system: You are a helpful assistant.
user:
Analyze the provided spectrum to determine if it is a **M-type Giant (gM)**.

A M-type Giant spectrum is defined by its **strong molecular absorption** features, particularly from **Titanium Oxide (TiO)**. You must check for one of the following mutually exclusive signatures:

- **Key Visual Indicators (Absorption-Dominated Spectrum):**

    - **(Primary):** The spectrum is dominated by strong molecular absorption from **Titanium Oxide (TiO)**. This is the **defining feature** of its M-type temperature class.
        - **(Key Bandheads):** Look for sharp, "saw-tooth" absorption valleys. The strongest are located near **~7050 Å**, **~6160 Å**, and **~5170 Å**.
        - **(Line Profile):** The "saw-tooth" morphology is critical: a **sharp, steep drop on the BLUE (short-wavelength) side** of the bandhead, followed by a gradual recovery (rising flux) towards the RED (long-wavelength) side.

    - **(Key Confirmation - Giant vs. Dwarf):** **ABSENCE** of strong **Calcium Hydride (CaH)** molecular bands. This is the primary diagnostic for *excluding* M-dwarfs.
        - **(Key Region):** The spectrum should lack the strong, broad absorption band seen in dwarfs between **~6800 Å and ~7000 Å**.

    - **(Secondary Confirmation - Giant):** A very strong and broad **Neutral Calcium (Ca I)** atomic absorption line.
        - **(Key Line):** Located at **~4226 Å**. In a giant (gM), this line is significantly deeper and broader than the same line in an M-dwarf (dM) due to low surface gravity.

    - **(Overall Spectrum):**
        - The continuum is **extremely red-sloping** (i.e., flux is very low in the blue and rises dramatically towards the red).
        - The entire spectrum appears "chopped up" by the deep TiO bands.

Think first, call **spectral_visualization_tool** if needed to examine features in detail, then provide your final answer. Your response must adhere to the following strict rules:
1.  **Overall Structure:** Your response must follow the format `<think>...</think> <tool_call>...</tool_call> (if a tool is used) <answer>...</answer>`.
2.  **Tool Usage Constraint:** You may only make **one** tool call per turn.
3.  **Final Answer Format:** In the `<answer>` tag, your conclusion must be inside a `\boxed{}` command (e.g., `\boxed{YES}` or `\boxed{NO}`), followed by your justification.

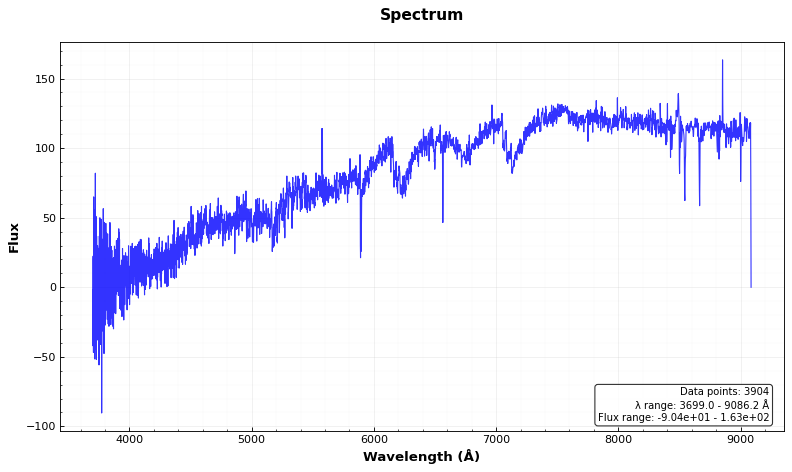
Answer: YES